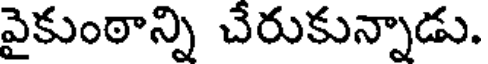
వైకుంఠాన్ని చేరుకున్నాడు.